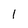
Character: l